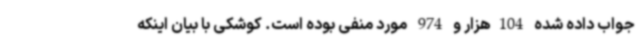
جواب داده شده 104هزار و 974 مورد منفی بوده است. کوشکی با بیان اینکه